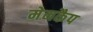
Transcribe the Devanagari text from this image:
मेनकैप